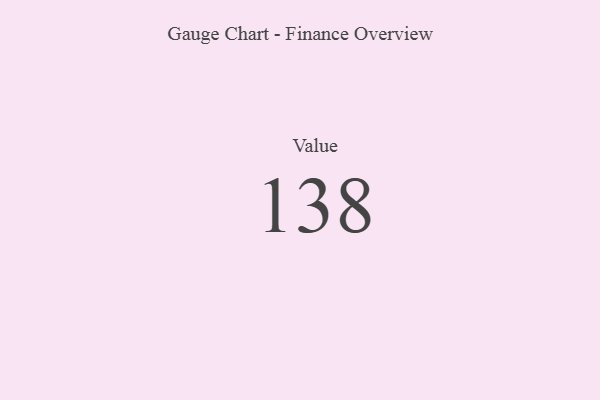
{"axis": {"x": "Metric", "y": "Value"}, "legend": [""], "data": [{"x": "Value", "y": 138, "type": ""}]}